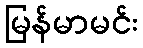
မြန်မာမင်း